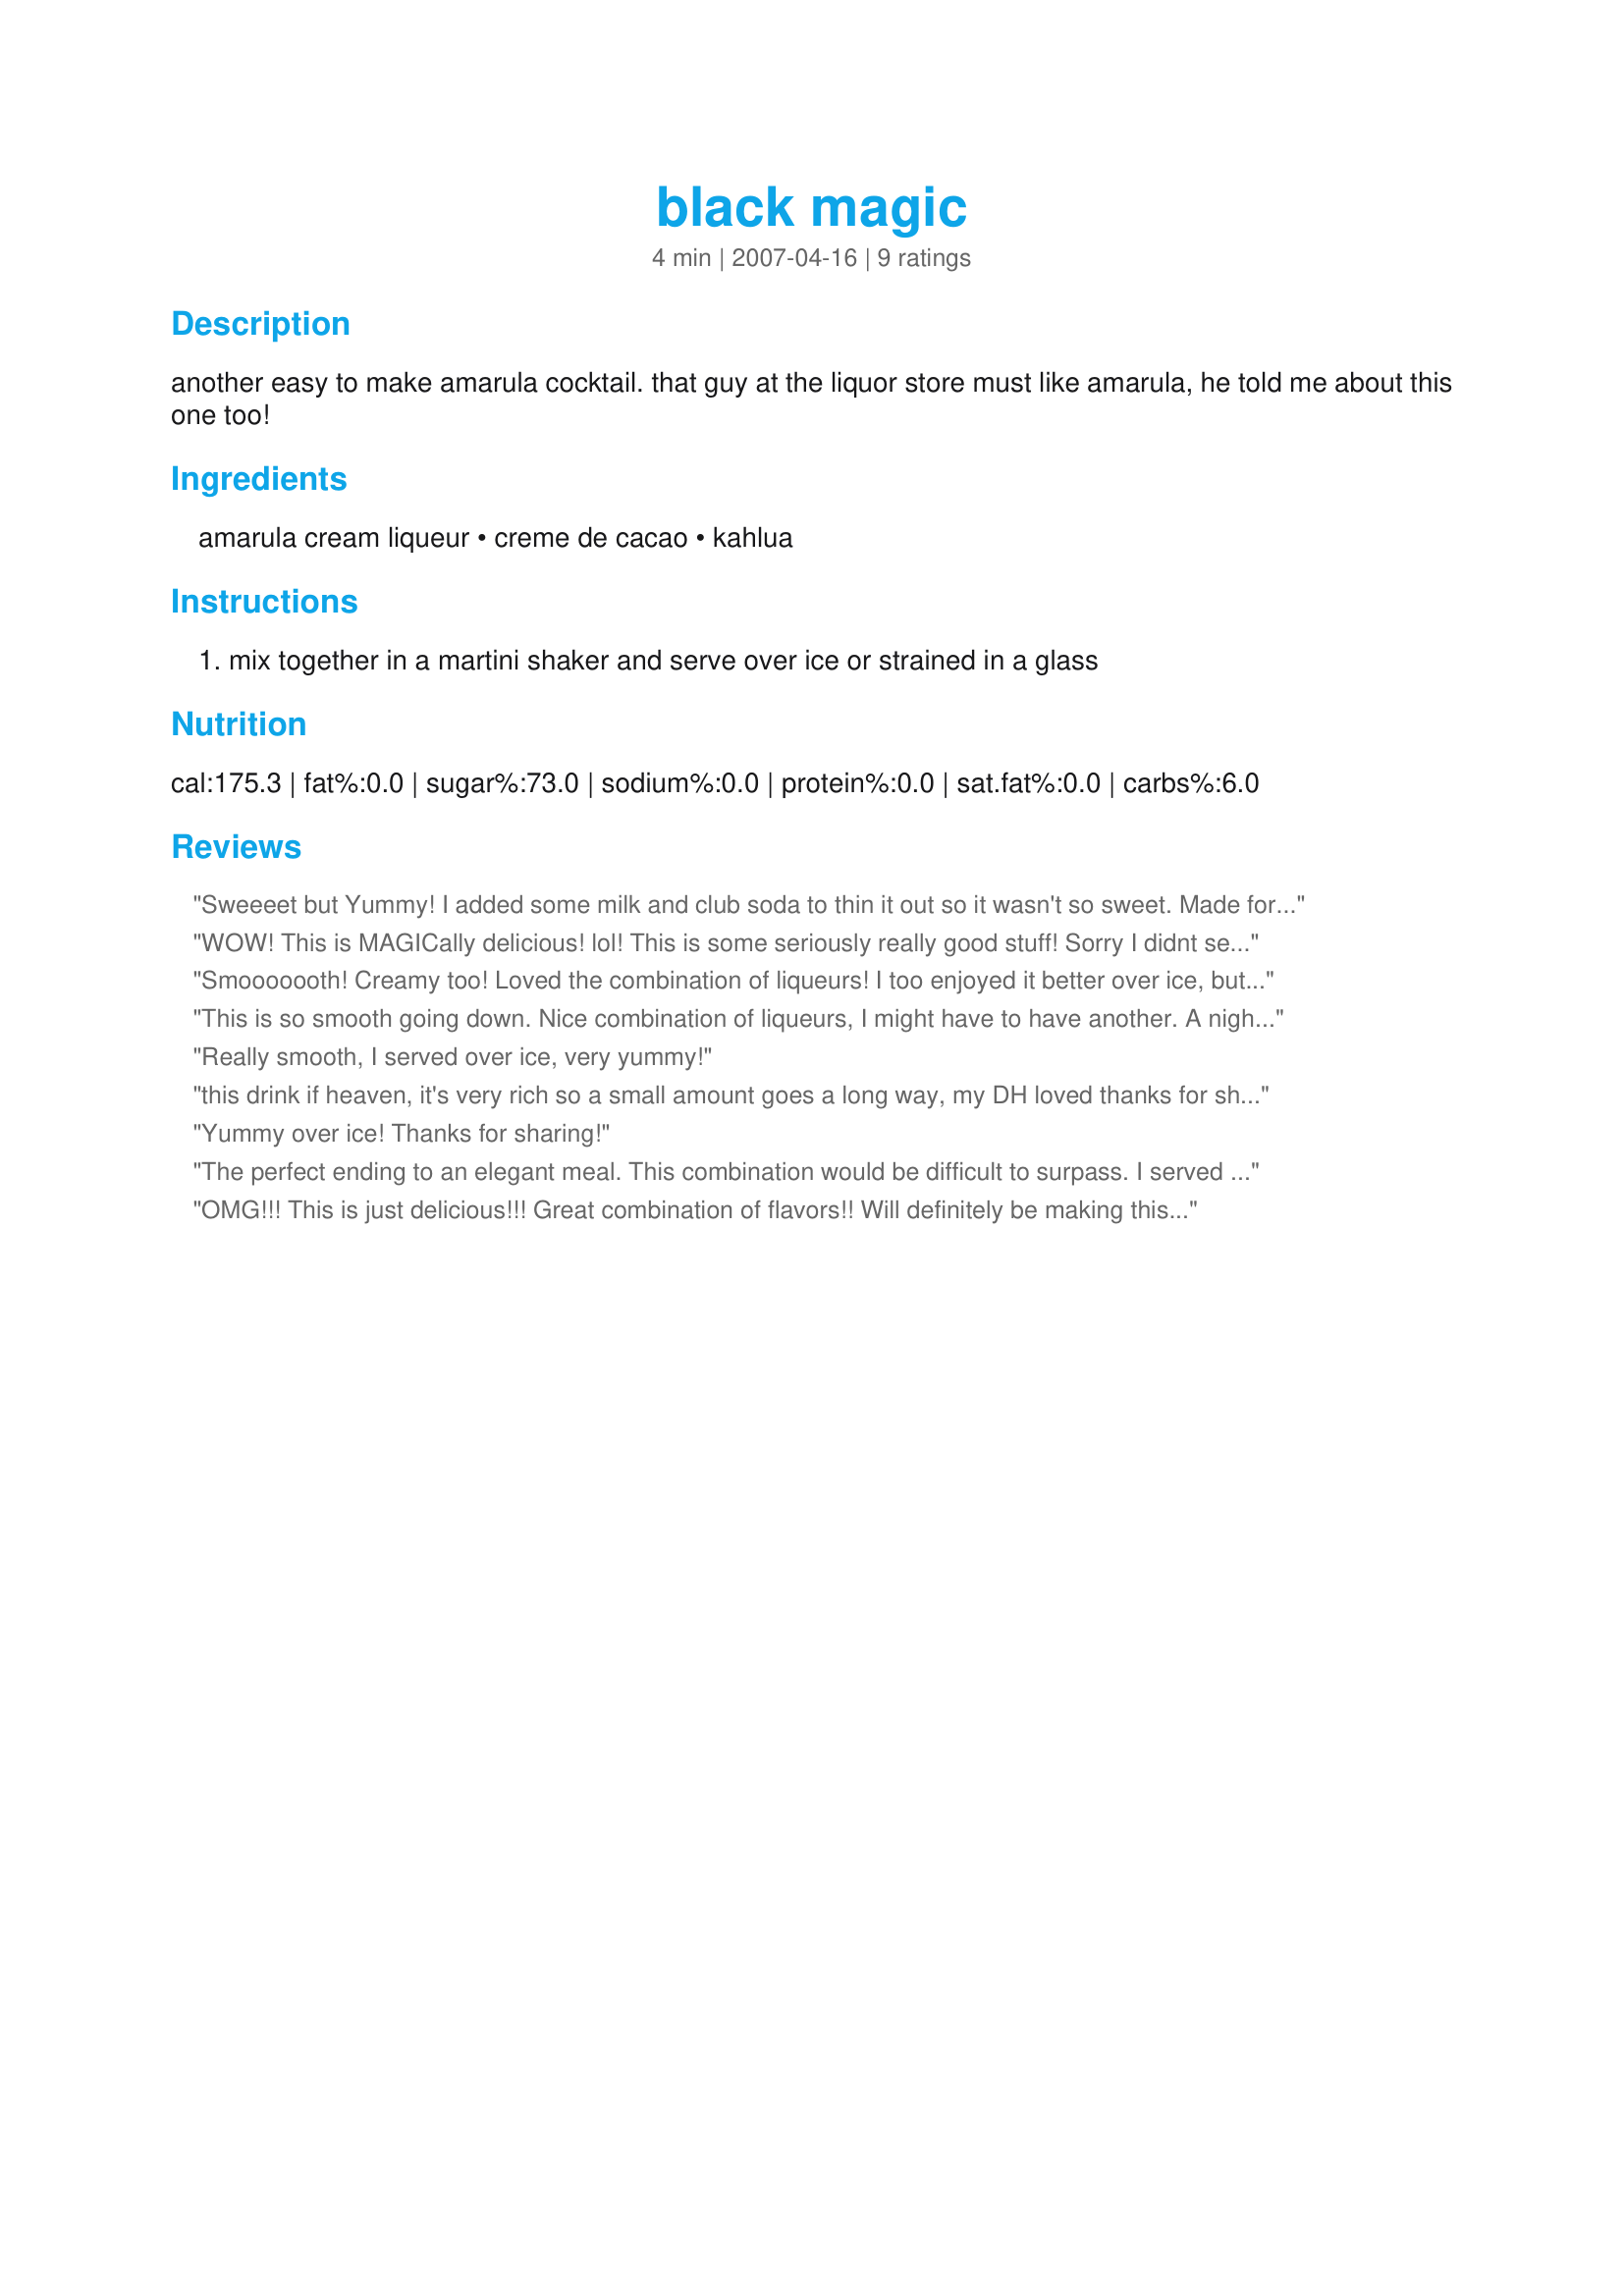
black magic
Preparation time: 4 minutes

another easy to make amarula cocktail. that guy at the liquor store must like amarula, he told me about this one too!

Ingredients:
amarula cream liqueur, creme de cacao, kahlua

Steps:
mix together in a martini shaker and serve over ice or strained in a glass

Reviews:
Sweeeet but Yummy! I added some milk and club soda to thin it out so it wasn't so sweet. Made for the Beverage tag game.
WOW! This is MAGICally delicious! lol! This is some seriously really good stuff! Sorry I didnt see that the Creme de Cacao was white til I made this! So I used dark. It was so awesome though- even though I messed up! lol Nice and sweet chocolatey flavor that went perfectly over ice. I agree with NcM that I think I prefer it over ice as it may be too strong for my taste shaken and strained. Thank you V and thank you liquor store guy for a wonderful drink recipe! Viva la Beverage Tag! :)
Smooooooth! Creamy too! Loved the combination of liqueurs! I too enjoyed it better over ice, but I think this would make a really good shooter too. Liked it so much I had a second one and had to use common sense and strength of will not to make the third, this packs a little punch, :). Thanks ~V!
This is so smooth going down. Nice combination of liqueurs, I might have to have another. A night cap of course. Vseward you have me hooked on another drink. Made this for ZWT III 2007 - Family Pick
Really smooth, I served over ice, very yummy!
this drink if heaven, it's very rich so a small amount goes a long way, my DH loved thanks for sharing hon!...Kitten:0
Yummy over ice! Thanks for sharing!
The perfect ending to an elegant meal. This combination would be difficult to surpass. I served over ice - Delicious! : )
OMG!!! This is just delicious!!! Great combination of flavors!! Will definitely be making this again. Made for bevy tag.
